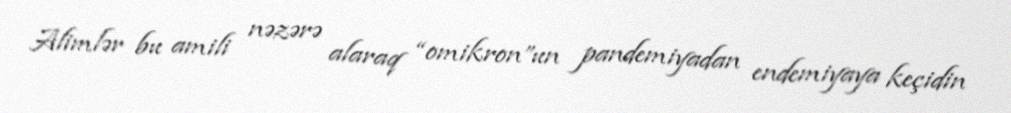
Alimlər bu amili nəzərə alaraq “omikron”un pandemiyadan endemiyaya keçidin